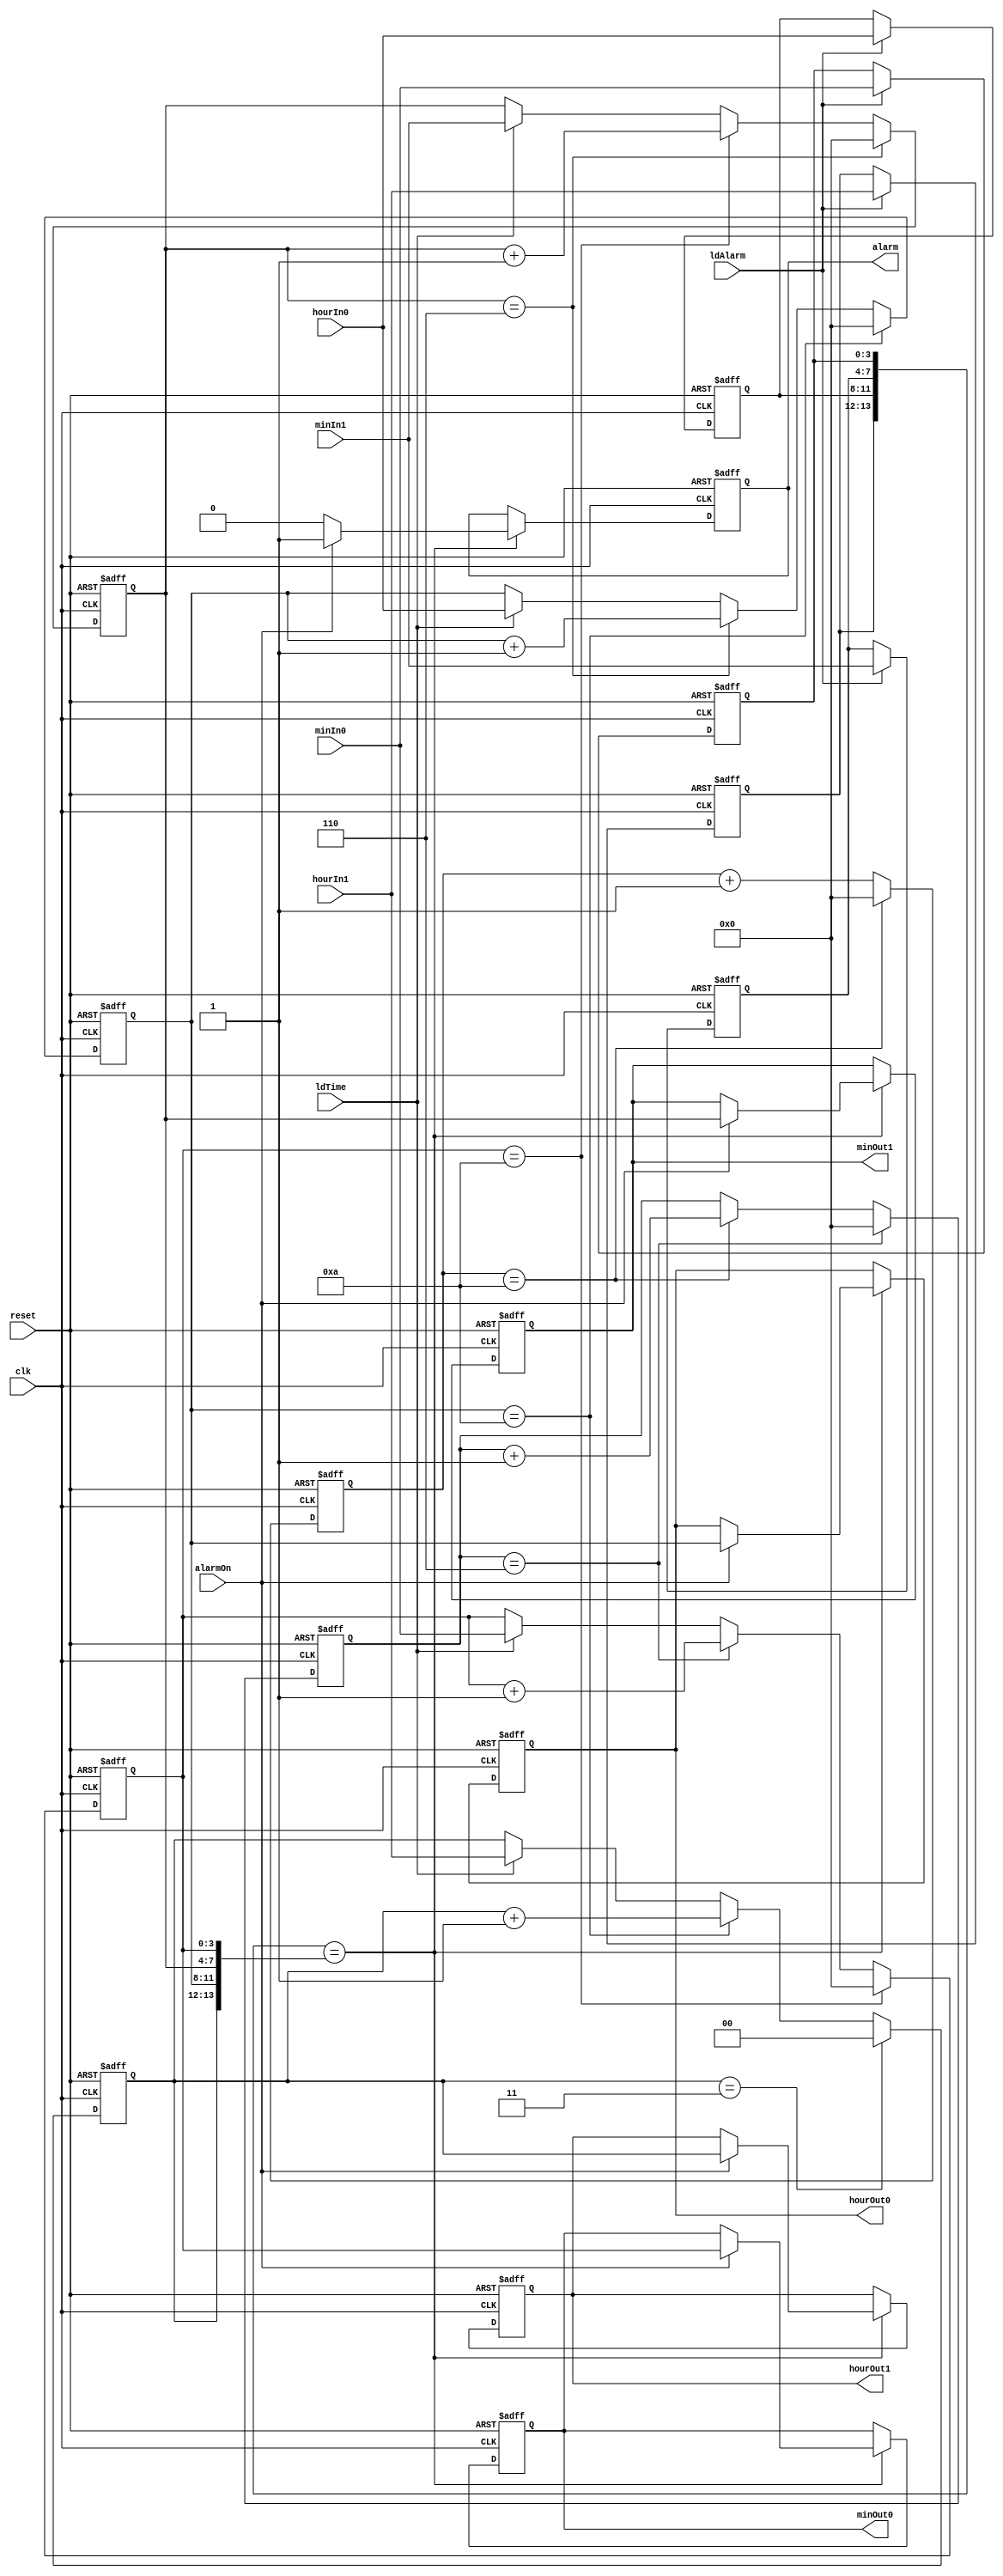
`timescale 1us / 1ps
//////////////////////////////////////////////////////////////////////////////////
//////////////////////////////////////////////////////////////////////////////////
module alarm (
input reset , clk,
input [1:0] hourIn1,   
input [3:0] hourIn0,minIn0,minIn1,
/*	ldTime loads the acusl time with the input time ( hourIn0,hourIn1,minIn0 and minIn1 ).
	ldAlarm set the new alarm time from input time ( hourIn0,hourIn1,minIn0 and minIn1 ).*/
input ldTime ,ldAlarm,		

/*alarmOn enables the alarm to be on if alarm time equals the acual time.*/
input alarmOn,

/* alarm is on when acual time is eqial to setted alarm time*/
output reg alarm,
output reg [1:0] hourOut1,   
output reg [3:0] hourOut0,minOut0,minOut1
);


/*temporary reg to set the  acual time and the alarm time*/   
reg [1:0] hourAlarm1, hourTime1;   
reg [3:0] hourAlarm0,minAlarm0,minAlarm1,hourTime0,minTime0,minTime1;
reg [3:0] secTime1,secTime0;
always@(posedge clk or posedge reset) begin

/* resseting acual time , alarm time and output time when rest is 1 */
if(reset) begin
alarm<=0;
hourOut1<=2'b0;hourOut0<=4'b0;minOut0<=4'b0;minOut1<=4'b0;
hourAlarm1<=2'b0;hourAlarm0<=4'b0;minAlarm0<=4'b0;minAlarm1<=4'b0;
hourTime1<=2'b0;hourTime0<=4'b0;minTime0<=4'b0;minTime1<=4'b0;
secTime0<=0;secTime1<=0;
end
else begin 
/* loading the acual time with input time*/
if(ldTime) begin
hourTime1<=hourIn1;   
hourTime0<=hourIn0;
minTime0<=minIn0;
minTime1<=minIn1;
end
/* loading the alarm time with input time*/

if(ldAlarm) begin
hourAlarm1<=hourIn1;   
hourAlarm0<=hourIn0;
minAlarm1<=minIn1;
minAlarm0<=minIn0;
end
/* check if alarm time = acual time*/
 
 if({hourAlarm1,hourAlarm0,minAlarm1,minAlarm0}=={hourTime1,hourTime0,minTime1,minTime0}) begin
 if(alarmOn) begin
 alarm<=1'b1;
hourOut1<=hourTime1;   
hourOut0<=hourTime0;
minOut0<=minTime0;
minOut1<=minTime1;
end
else alarm<=0;
			end



/* acual time increment */
secTime0 <= secTime0 + 1 ;
if(secTime0==10) begin 
secTime1<=secTime1+1;
secTime0<=0;
end

if(secTime1==6) begin 
minTime0<=minTime0+1;
secTime1<=0;
end

if(minTime0==10) begin 
minTime1<=minTime1+1;
minTime0<=0;
end

if(minTime1==6) begin 
hourTime0<=hourTime0+1;
minTime1<=0;
end

if(hourTime0==10) begin 
hourTime1<=hourTime1+1;
hourTime0<=0;
end

if(hourTime1==3) begin 
hourTime1<=0;
end


end



end

endmodule